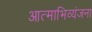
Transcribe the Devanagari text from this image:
आत्‍माभिव्‍यंजना